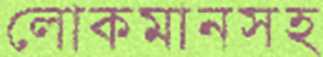
লোকমানসহ